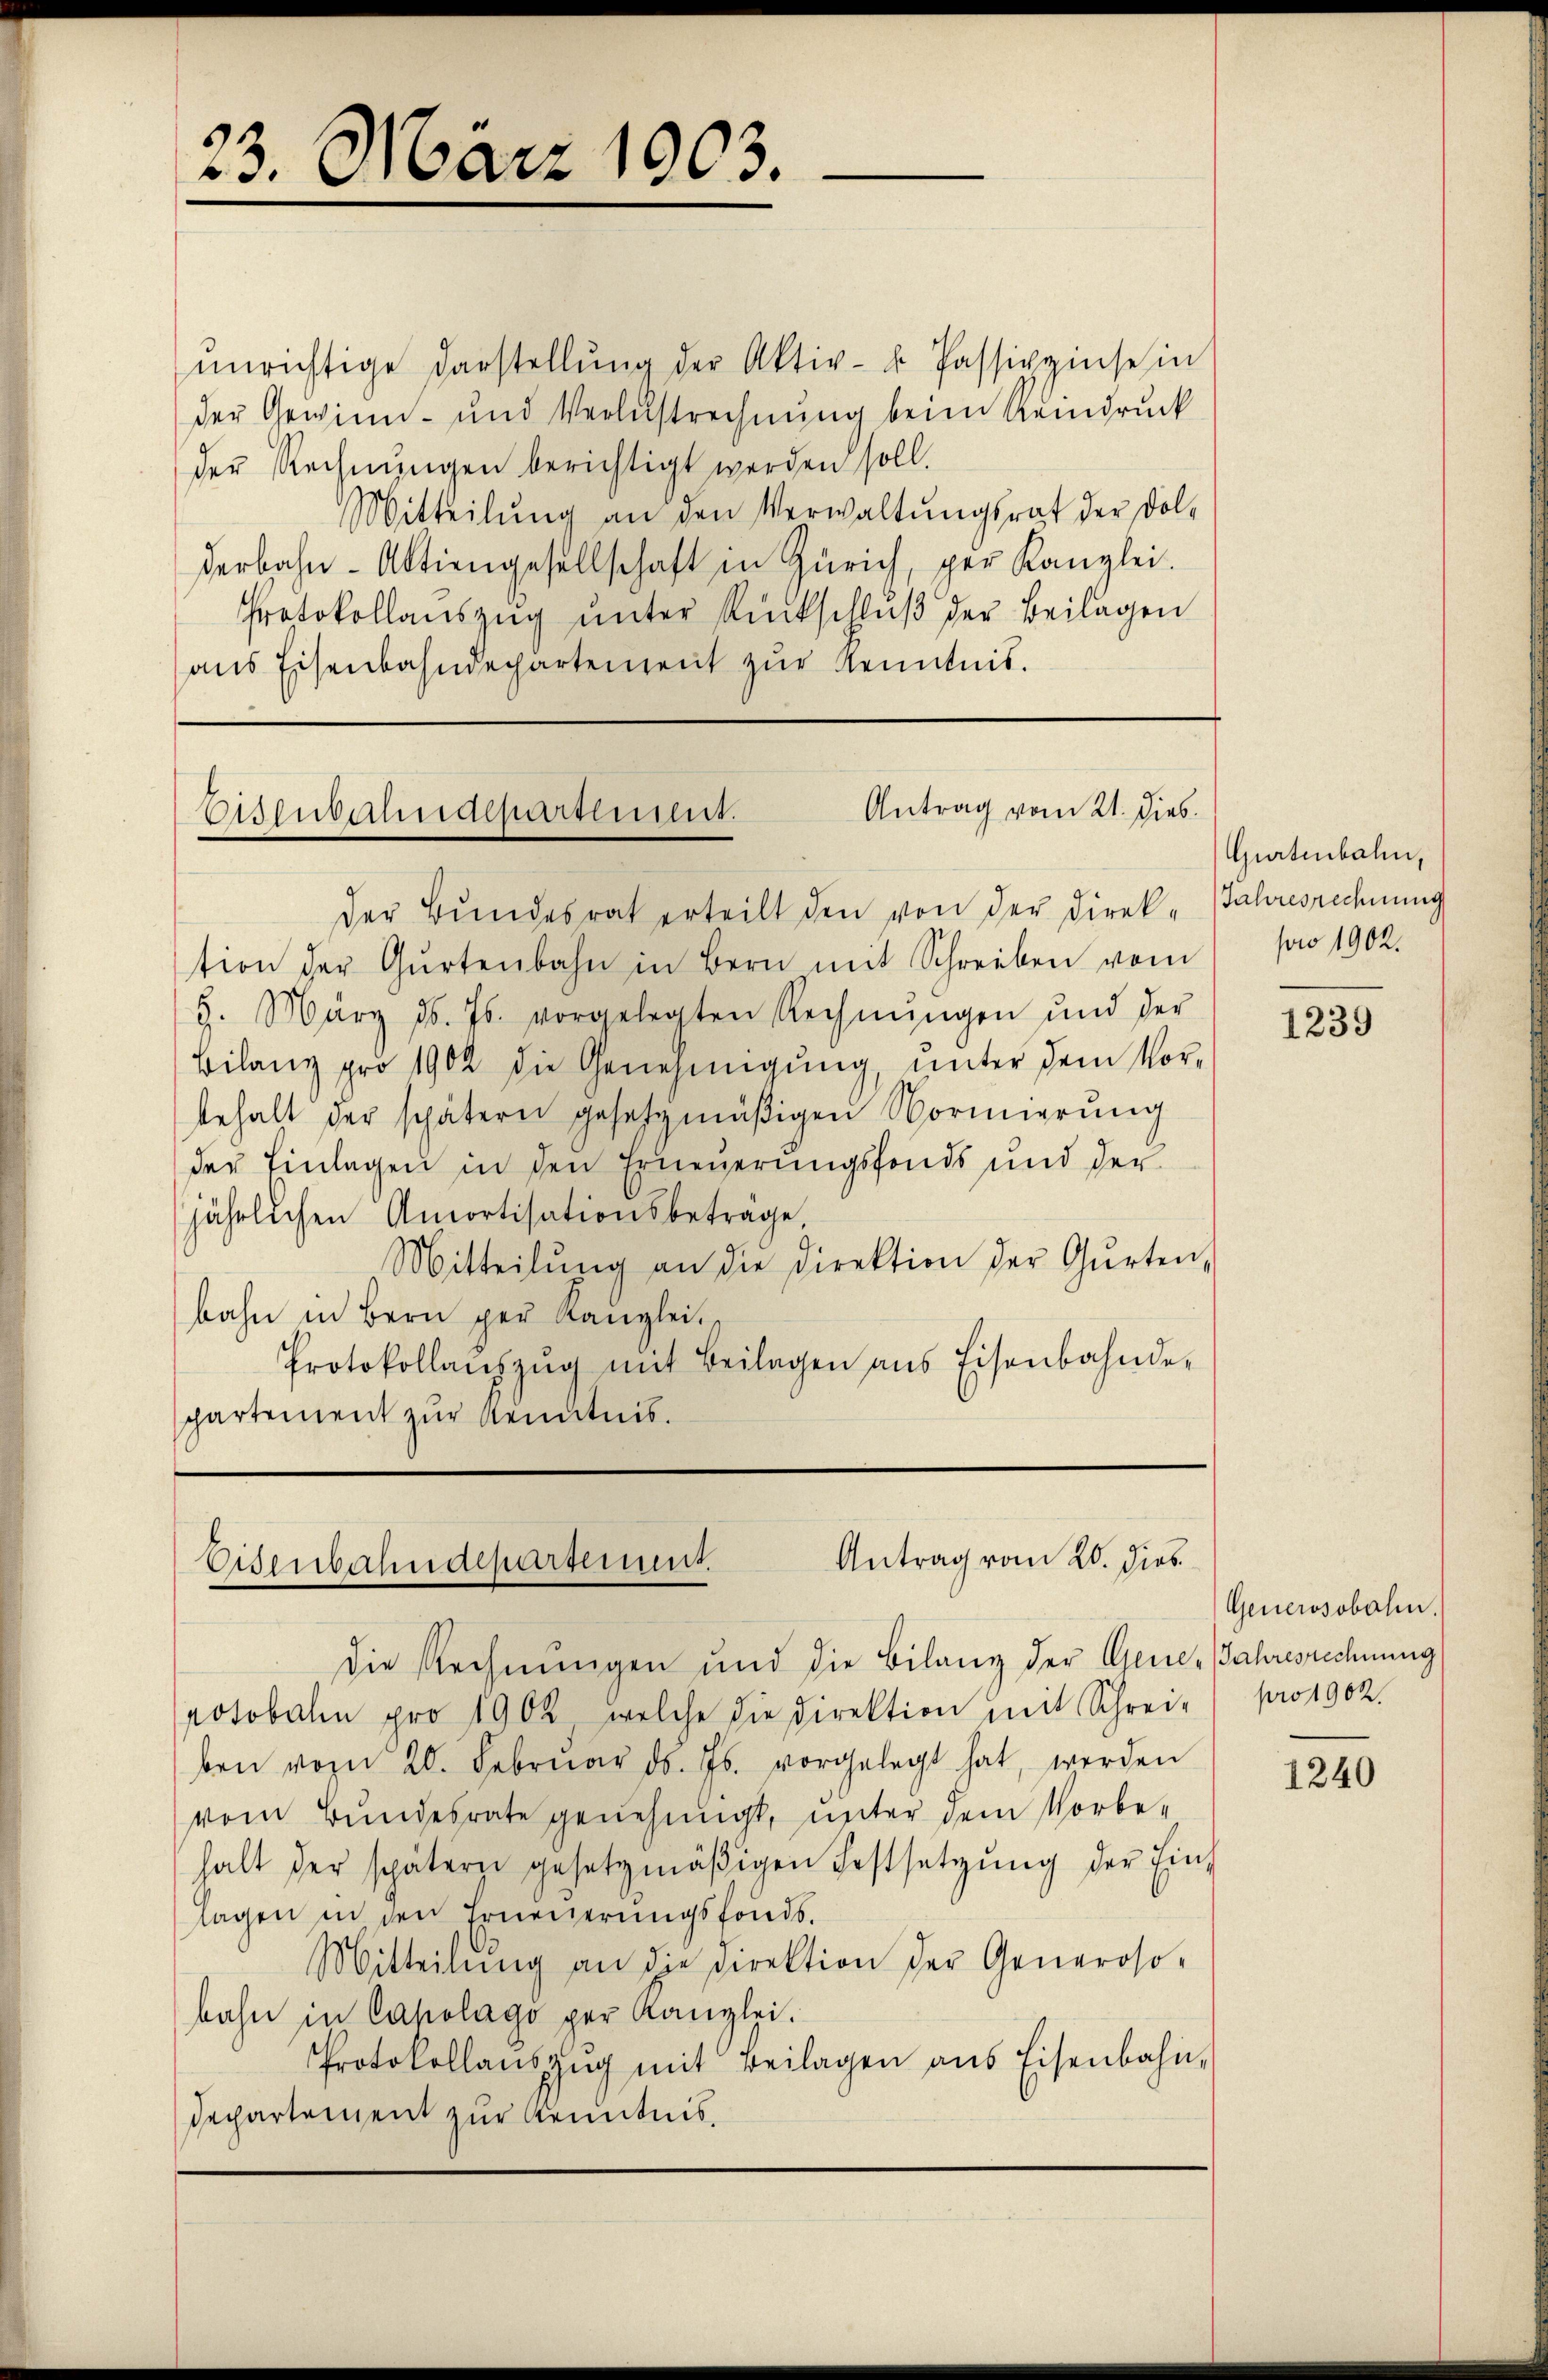
ŭnrichtige Darstellŭng der Aktiv- u Passivzinse in
der Gewinn- und Verlustrechnung beim Reindruck
der Rechnŭngen berichtigt werden soll.
Mitteilŭng an den Verwaltŭngsrat der Dol-
derbahn-Aktiengesellschaft in Zürich, per Kanzlei.
Protokollauszug unter Rückschluß der Beilagen
ans Eisenbahndepartement zŭr Kenntnis.

23. März 1903.

Antrag vom 21. Dies
Eisenbahndepartement.

Antrag vom 20. dies
Eisenbahndepartement

der Bŭndesrat erteilt den von der Direk-Jahresrechnung
tion der Gŭrtenbahn in Bern mit Schreiben vom
9. März d. Js. vorgelegten Rechnŭngen und der
Bilanz pro 1902 die Genehmigŭng ŭnter dem Vor-
behalt der spätern gesetzmäßigen Vormierŭng
der Einlagen in den Erneuerungsfonds und der
jährlichen Amortisationsbetrage,
Mitteilŭng an die Direktion der Gŭrten,
bahn in Bern per Kanzlei.
Protokollanzzŭg mit Beilagen ans Eisenbahnde-
partement zur Kenntnis.

die Rechnungen und die Bilanz der Gene-Jahresrechnung
potobalen pro 1902, welche die Direktion mit Schreie pro 1902.
ben vom 20. Februar d. Js. vorgelegt hat, werden
vom Bundesrate genehmigt, unter dem Vorbe-
halt der spätern gesetzmäβigen Festsetzŭng der Einlagen in den Erneuerungsfonds.
Mitteilŭng an die Direktion der Generoso-
bahn in Caholago per Kanzlei.
Protokollaŭszŭg mit Beilagen ans Eisenbahn-
Departement zur Kenntnis.

Gurtenbahn,
powo 1902.

1239

Generosobalen.

1240